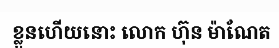
ខ្លួនហើយនោះ លោក ហ៊ុន ម៉ាណែត